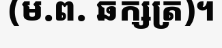
(ម.ព. ឆក្សត្រ)។